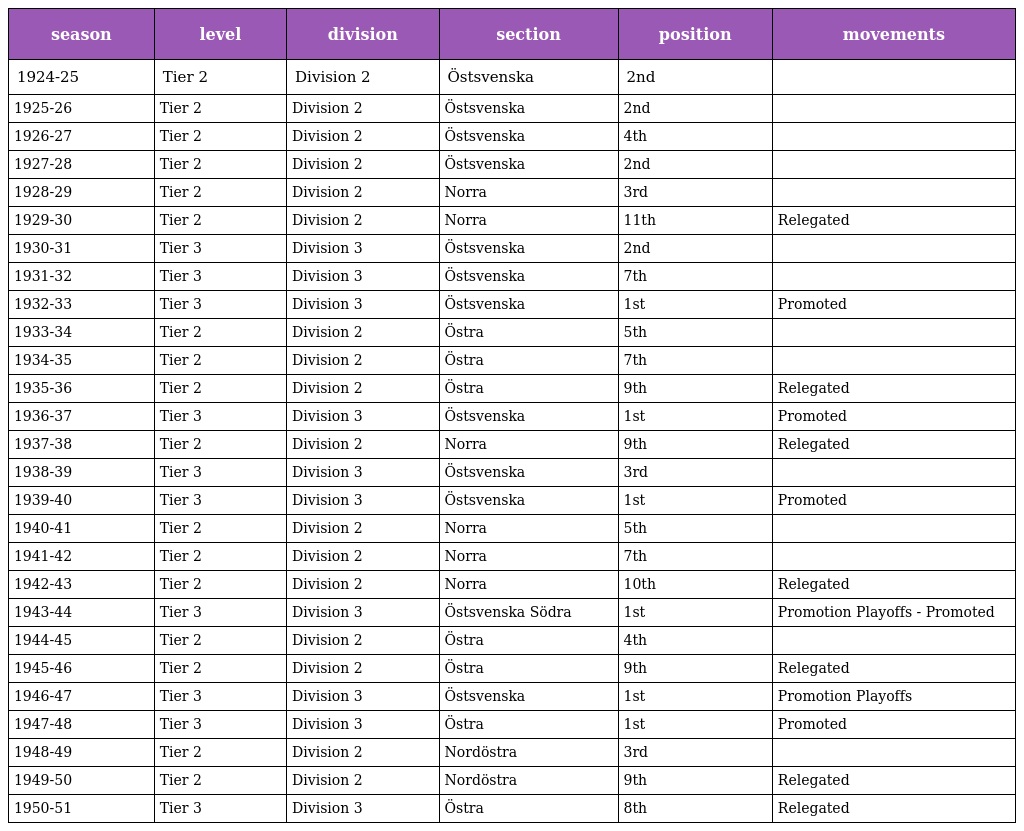
| season | level | division | section | position | movements |
 | --- | --- | --- | --- | --- | --- |
 | 1924-25 | Tier 2 | Division 2 | Östsvenska | 2nd |  |
 | 1925-26 | Tier 2 | Division 2 | Östsvenska | 2nd |  |
 | 1926-27 | Tier 2 | Division 2 | Östsvenska | 4th |  |
 | 1927-28 | Tier 2 | Division 2 | Östsvenska | 2nd |  |
 | 1928-29 | Tier 2 | Division 2 | Norra | 3rd |  |
 | 1929-30 | Tier 2 | Division 2 | Norra | 11th | Relegated |
 | 1930-31 | Tier 3 | Division 3 | Östsvenska | 2nd |  |
 | 1931-32 | Tier 3 | Division 3 | Östsvenska | 7th |  |
 | 1932-33 | Tier 3 | Division 3 | Östsvenska | 1st | Promoted |
 | 1933-34 | Tier 2 | Division 2 | Östra | 5th |  |
 | 1934-35 | Tier 2 | Division 2 | Östra | 7th |  |
 | 1935-36 | Tier 2 | Division 2 | Östra | 9th | Relegated |
 | 1936-37 | Tier 3 | Division 3 | Östsvenska | 1st | Promoted |
 | 1937-38 | Tier 2 | Division 2 | Norra | 9th | Relegated |
 | 1938-39 | Tier 3 | Division 3 | Östsvenska | 3rd |  |
 | 1939-40 | Tier 3 | Division 3 | Östsvenska | 1st | Promoted |
 | 1940-41 | Tier 2 | Division 2 | Norra | 5th |  |
 | 1941-42 | Tier 2 | Division 2 | Norra | 7th |  |
 | 1942-43 | Tier 2 | Division 2 | Norra | 10th | Relegated |
 | 1943-44 | Tier 3 | Division 3 | Östsvenska Södra | 1st | Promotion Playoffs - Promoted |
 | 1944-45 | Tier 2 | Division 2 | Östra | 4th |  |
 | 1945-46 | Tier 2 | Division 2 | Östra | 9th | Relegated |
 | 1946-47 | Tier 3 | Division 3 | Östsvenska | 1st | Promotion Playoffs |
 | 1947-48 | Tier 3 | Division 3 | Östra | 1st | Promoted |
 | 1948-49 | Tier 2 | Division 2 | Nordöstra | 3rd |  |
 | 1949-50 | Tier 2 | Division 2 | Nordöstra | 9th | Relegated |
 | 1950-51 | Tier 3 | Division 3 | Östra | 8th | Relegated |